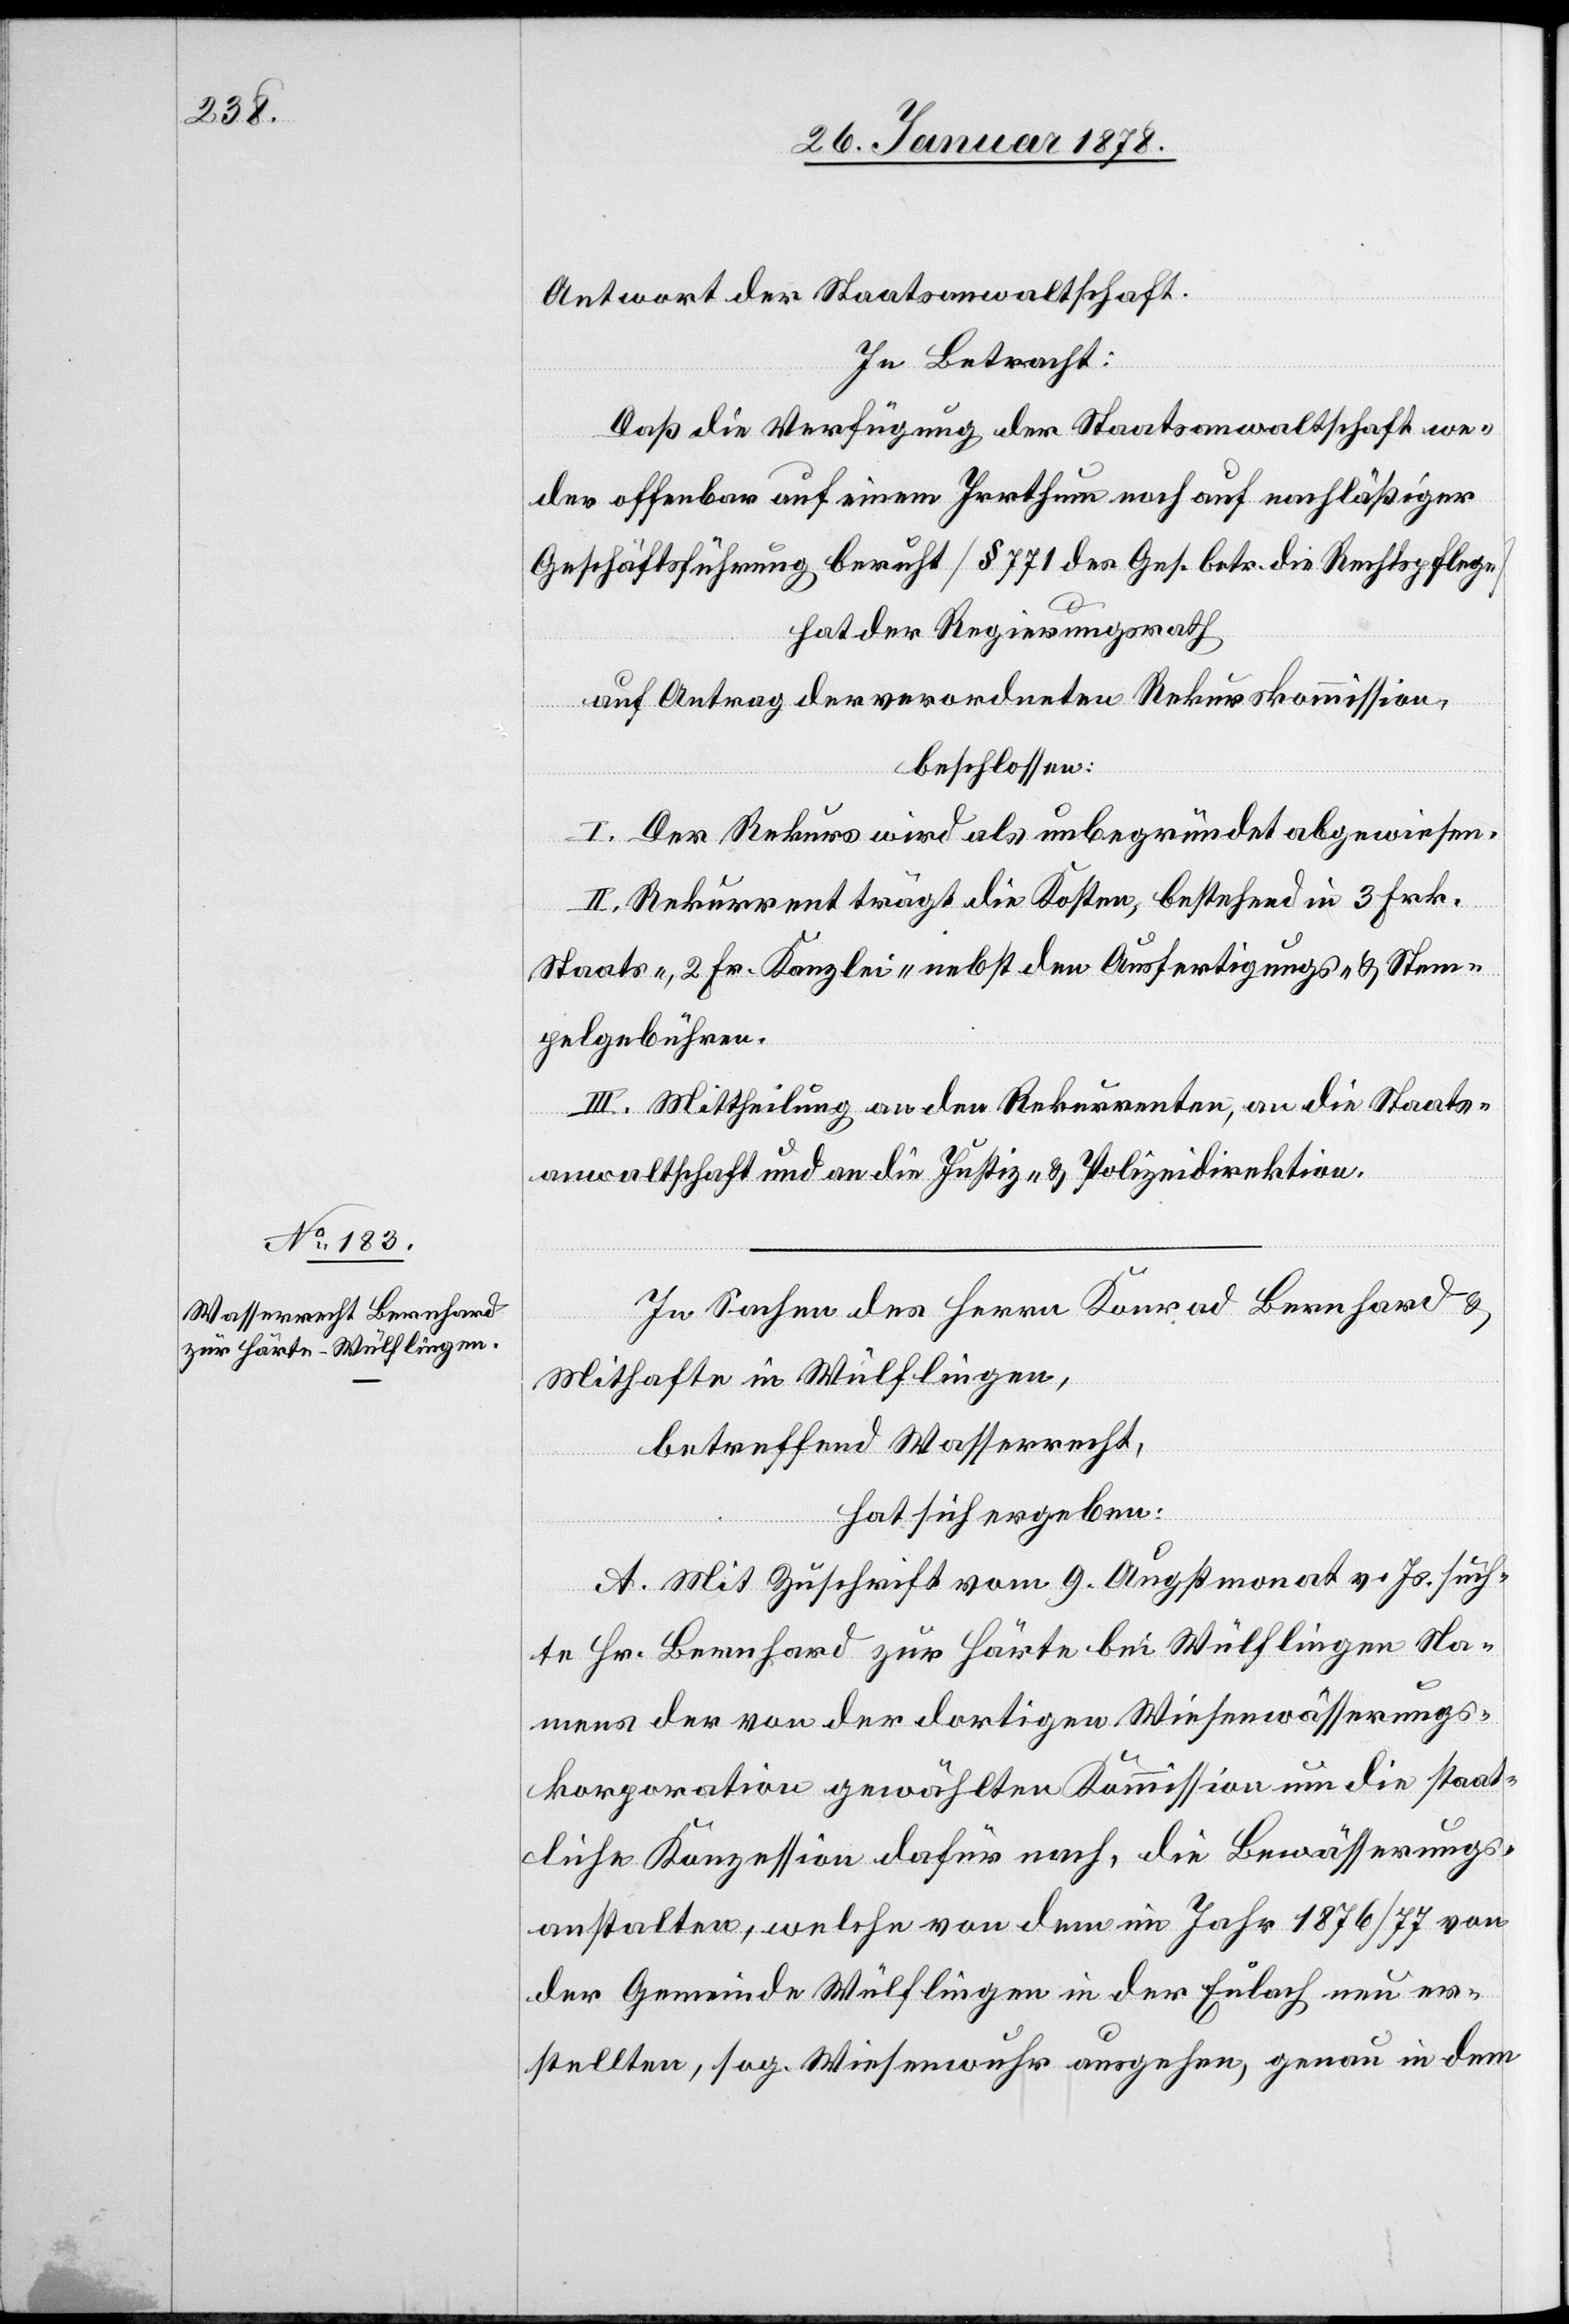
Antwort der Staatsanwaltschaft.
In Betracht:
Daß die Verfügung der Staatsanwaltschaft we¬
der offenbar auf einem Irrthum noch auf nachlässiger
Geschäftsführung beruht (§ 771 des Ges. betr. die Rechtspflege)
hat der Regierungsrath
auf Antrag der verordneten Rekurskommission,
beschlossen:
I. Der Rekurs wird als unbegründet abgewiesen.
II. Rekurrent trägt die Kosten, bestehend in 3 Frk.
Staats-, 2 Fr. Kanzlei- nebst den Ausfertigungs- & Stem¬
pelgebühren.
III. Mittheilung an den Rekurrenten, an die Staats¬
anwaltschaft und an die Justiz- & Polizeidirektion.
In Sachen des Herrn Konrad Bernhard &
Mithafte in Wülflingen,
betreffend Wasserrecht,
hat sich ergeben:
A. Mit Zuschrift vom 9. Augstmonat v. Js. such¬
te Hr. Bernhard zur Härte bei Wülflingen Na¬
mens der von der dortigen Wiesenwässerungs¬
korporation gewählten Kommission um die staat¬
liche Konzession dafür nach, die Bewässerungs¬
anstalten, welche von dem im Jahr 1876/77 von
der Gemeinde Wülflingen in der Eulach neu er¬
stellten, sog. Wiesenwuhr ausgehen, genau in dem